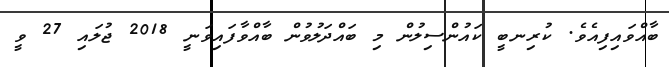
ބާއްވައިފިއެވެ. ކުރިނބީ ކައުންސިލުން މި ބައްދަލުވުން ބާއްވާފައިވަނީ 2018 ޖުލައި 27 ވީ